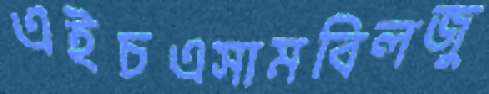
এইচএসামবিলজু